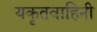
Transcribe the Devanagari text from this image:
यकृतवाहिनी